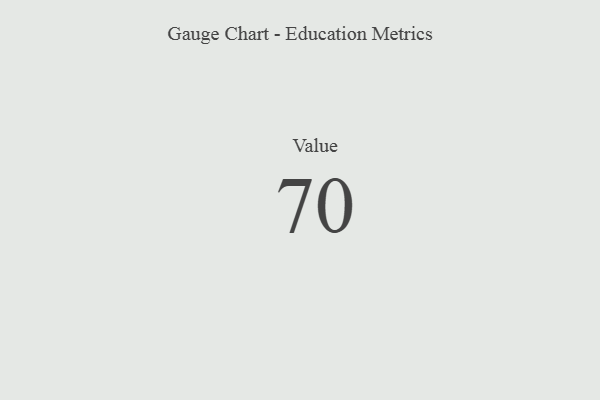
{"axis": {"x": "Metric", "y": "Value"}, "legend": [""], "data": [{"x": "Value", "y": 70, "type": ""}]}